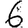
Digit: 6